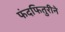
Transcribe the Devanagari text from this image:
फंदफितुरीने